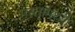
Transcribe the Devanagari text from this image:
मस्तांमध्ये